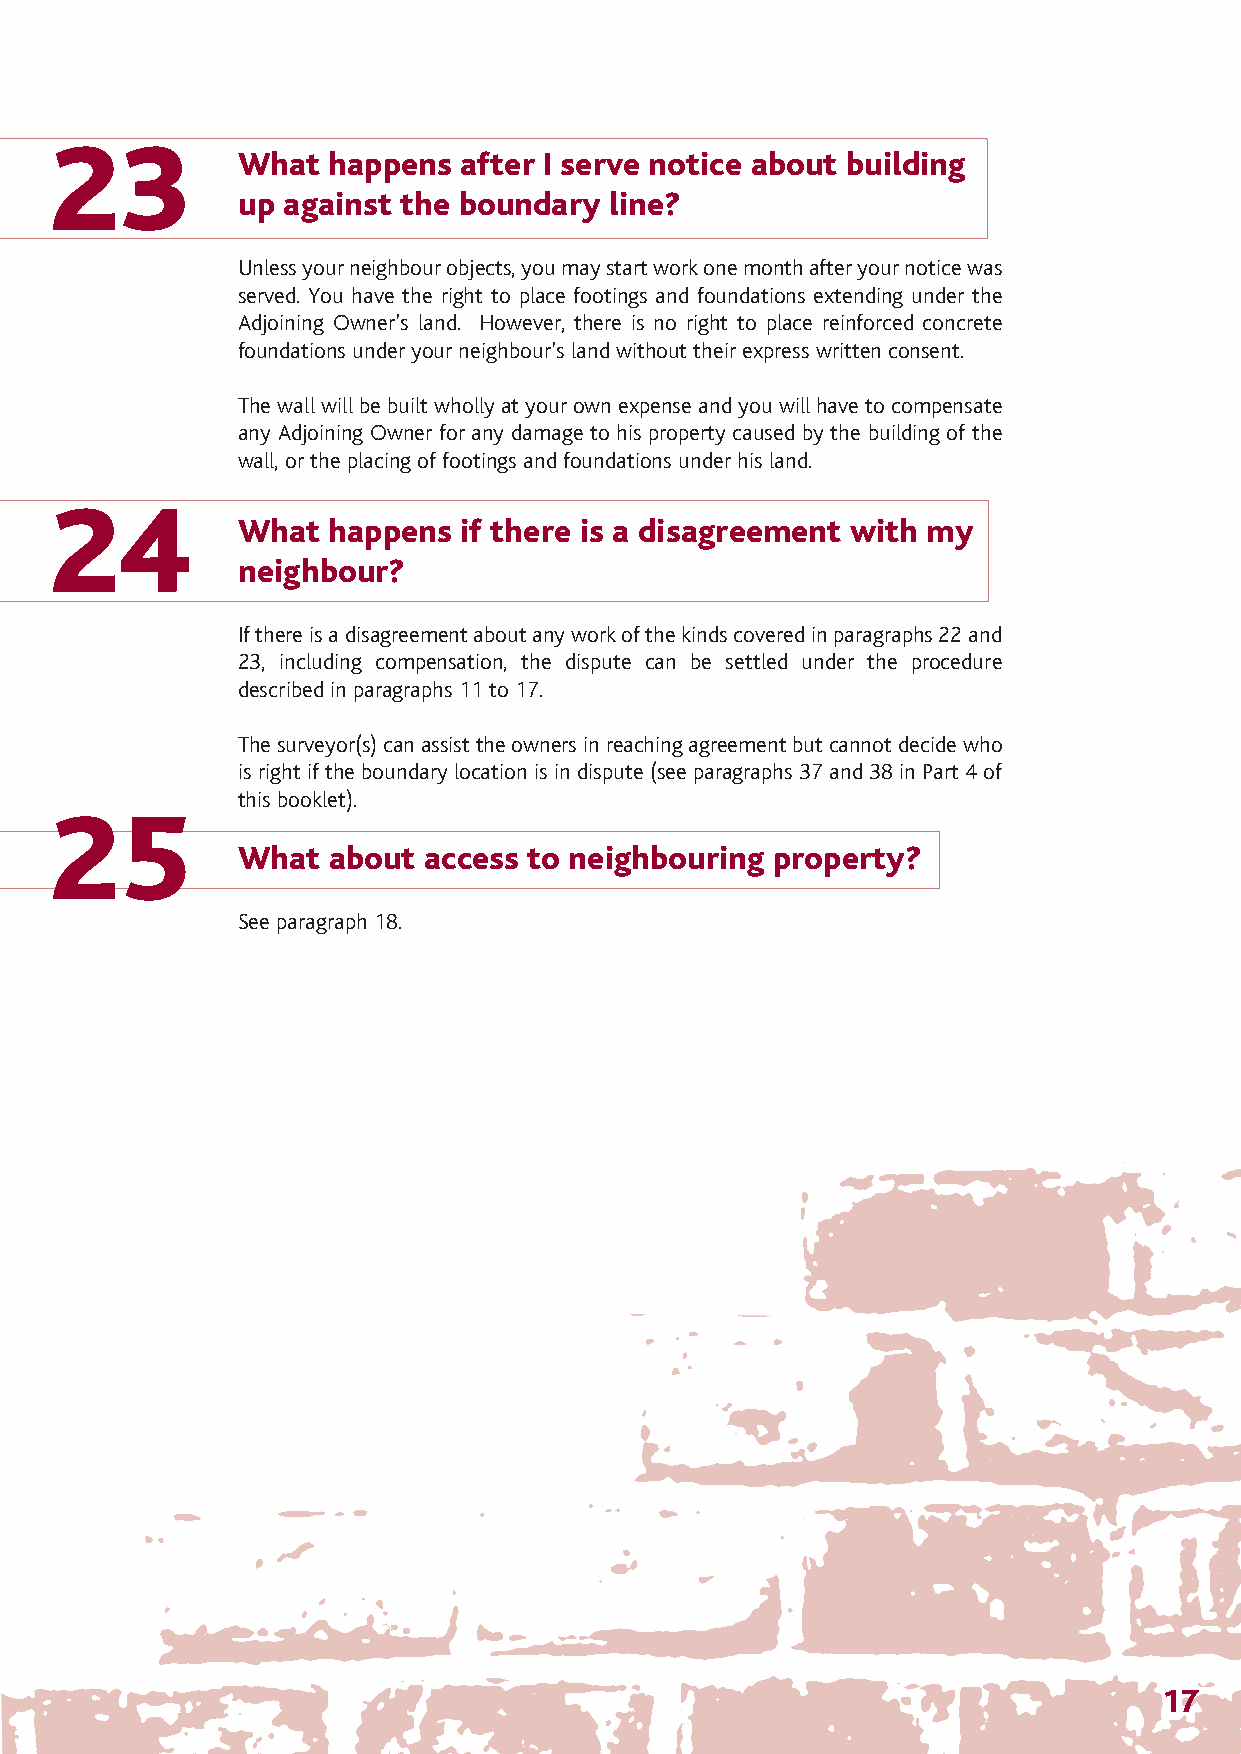
The Party Wall 12/4/07 14:28 Page 20
 23
 What  happens after I serve notice about building
 up against the boundary line?
 Unless your neighbour objects, you may start work one month after your notice was
 served. You have the right to place footings and foundations extending under the
 Adjoining Owner’s land. However, there is no right to place reinforced concrete
 foundations under your neighbour’s land without their express written consent.
 The wall will be built wholly at your own expense and you will have to compensate
 any Adjoining Owner for any damage to his property caused by the building of the
 wall, or the placing of footings and foundations under his land.
 24
 What  happens if there is a disagreement with my
 neighbour?
 If there is a disagreement about any work of the kinds covered in paragraphs 22 and
 23, including compensation, the dispute can be settled under the procedure
 described in paragraphs 11 to 17.
 The surveyor(s) can assist the owners in reaching agreement but cannot decide who
 is right if the boundary location is in dispute (see paragraphs 37 and 38 in Part 4 of
 this booklet).
 25
 What  about access to neighbouring property?
 See paragraph 18.
 17